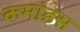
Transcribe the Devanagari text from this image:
कमांडस